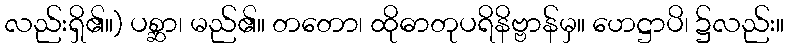
လည်းရှိ၏။) ပစ္ဆာ၊ မည်၏။ တတော၊ ထိုဓာတုပရိနိဗ္ဗာန်မှ။ ဟေဋ္ဌာပိ၊ ၌လည်း။